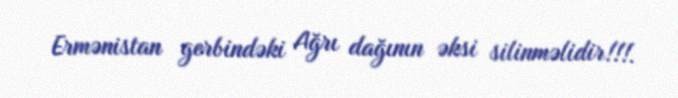
Ermənistan gerbindəki Ağrı dağının əksi silinməlidir!!!.